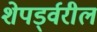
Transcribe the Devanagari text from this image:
शेपर्ड्वरील